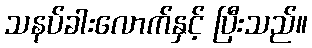
သနပ်ခါးလောက်နှင့် ပြီးသည်။